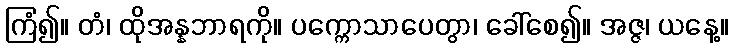
ကြံ၍။ တံ၊ ထိုအန္နဘာရကို။ ပက္ကောသာပေတွာ၊ ခေါ်စေ၍။ အဇ္ဇ၊ ယနေ့။